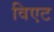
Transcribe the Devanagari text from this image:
विएट